Lunatic asylums in Bengal annual reports 1888-1898 - 1888-1898
Year: 1888
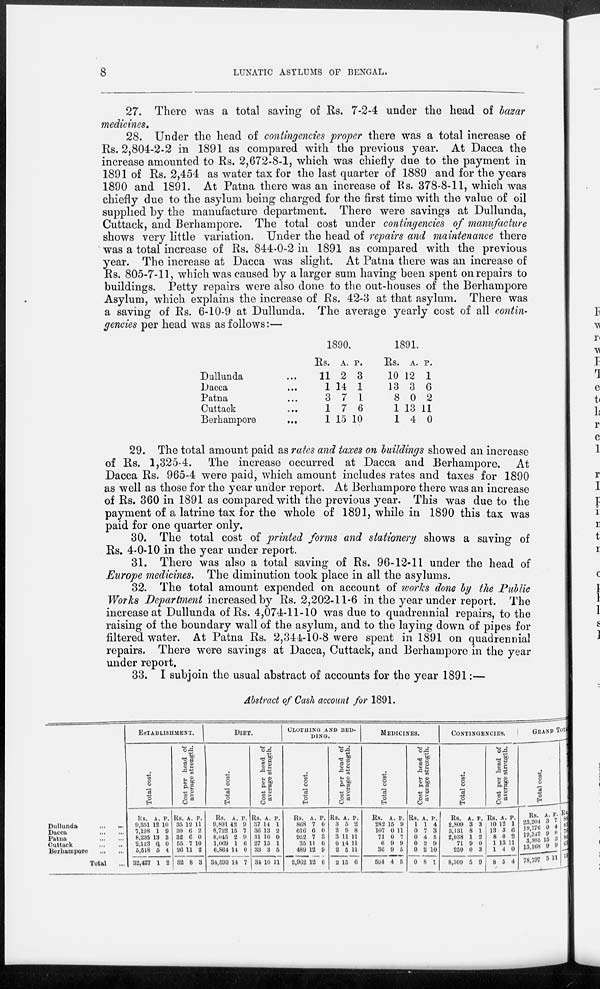
8
LUNATIC ASYLUMS OF BENGAL.
27. There was a total saving of Rs. 7-2-4 under the head of bazar
medicines.
28. Under the head of contingencies proper there was a total increase of
Rs. 2,804-2-2 in 1891 as compared with the previous year. At Dacca the
increase amounted to Rs. 2,672-8-1, which was chiefly due to the payment in
1891 of Rs. 2,454 as water tax for the last quarter of 1889 and for the years
1890 and 1891. At Patna there was an increase of Rs. 378-8-11, which was
chiefly due to the asylum being charged for the first time with the value of oil
supplied by the manufacture department. There were savings at Dullunda,
Cuttack, and Berhampore. The total cost under contingencies of manufacture
shows very little variation. Under the head of repairs and maintenance there
was a total increase of Rs. 844-0-2 in 1891 as compared with the previous
year. The increase at Dacca was slight. At Patna there was an increase of
Rs. 805-7-11, which was caused by a larger sum having been spent on repairs to
buildings. Petty repairs were also done to the out-houses of the Berhampore
Asylum, which explains the increase of Rs. 42-3 at that asylum. There was
a saving of Rs. 6-10-9 at Dullunda. The average yearly cost of all contin-
gencies per head was as follows:—
Dullunda ...
Dacca
...
Patna ...
Cuttack ...
Berhampore
...
1890.
Rs.
11
1
3
1
1
A.
2
14
7
7
15
P.
3
1
1
6
10
1891.
Rs.
10
13
8
1
1
A.
12
3
0
13
4
P.
1
6
2
11
0
29. The total amount paid as rates and taxes on buildings showed an increase
of Rs. 1,325-4. The increase occurred at Dacca and Berhampore. At
Dacca Rs. 965-4 were paid, which amount includes rates and taxes for 1890
as well as those for the year under report. At Berhampore there was an increase
of Rs. 360 in 1891 as compared with the previous year. This was due to the
payment of a latrine tax for the whole of 1891, while in 1890 this tax was
paid for one quarter only.
30. The total cost of printed forms and stationery shows a saving of
Rs. 4-0-10 in the year under report.
31. There was also a total saving of Rs. 96-12-11 under the head of
Europe medicines. The diminution took place in all the asylums.
32. The total amount expended on account of works done by the Public
Works Department increased by Rs. 2,202-11-6 in the year under report. The
increase at Dullunda of Rs. 4,074-11-10 was due to quadrennial repairs, to the
raising of the boundary wall of the asylum, and to the laying down of pipes for
filtered water. At Patna Rs. 2,344-10-8 were spent in 1891 on quadrennial
repairs. There were savings at Dacca, Cuttack, and Berhampore in the year
under report.
33. I subjoin the usual abstract of accounts for the year 1891:—
Abstract of Cash account for 1891.
Dullunda
...
...
Dacca
...
...
Patna
...
...
Cuttack
...
...
Berhampore
...
...
Total ...
ESTABLISHMENT.
Total cost.
Rs.
9,351
7,198
8,235
2,123
5,518
32,427
A.
12
1
13
0
5
1
P.
10
9
3
0
4
2
Cost per head of
average strength.
Rs.
35
30
32
55
26
32
A.
12
6
6
7
11
8
P.
11
2
0
10
2
3
DIET.
Total cost.
Rs.
9,891
8,722
8,045
1,069
6,864
34,593
A.
12
15
2
1
14
14
P.
9
7
9
6
0
7
Cost per head of
average strength.
Rs.
37
36
31
27
33
34
A.
14
13
10
15
3
10
P.
1
2
0
1
5
11
CLOTHING AND BED-
-----
Total cost.
Rs.
868
616
952
35
489
2,962
A.
7
6
7
11
12
12
P.
0
0
3
0
9
0
Cost per head of
average strength.
Rs.
3
2
3
0
2
2
A.
5
9
11
14
5
15
P.
2
8
11
11
11
6
MEDICINES.
Total cost.
Rs.
282
107
71
6
36
504
A.
15
0
0
9
9
4
P.
9
11
7
9
5
5
Cost per head of
average strength.
Rs.
1
0
0
0
0
0
A.
1
7
4
2
2
8
P.
4
3
5
9
10
1
CONTINGENCIES.
Total cost.
Rs.
2,809
3,131
2,038
71
259
8,309
A.
3
8
1
9
0
5
P.
3
1
2
0
3
9
Cost per head of
average strength.
Rs.
10
13
8
1
1
8
A.
12
3
0
13
4
5
P.
1
6
2
11
0
4
GRAND TOTAL.
Total cost.
Rs.
23,204
19,776
19,342
3,305
13,168
78,797
A.
3
0
9
15
9
5
P.
7
4
0
3
9
11
Rs.
88
89
70
80
6
11